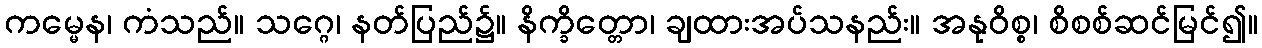
ကမ္မေန၊ ကံသည်။ သဂ္ဂေ၊ နတ်ပြည်၌။ နိက္ခိတ္တော၊ ချထားအပ်သနည်း။ အနုဝိစ္စ၊ စိစစ်ဆင်မြင်၍။